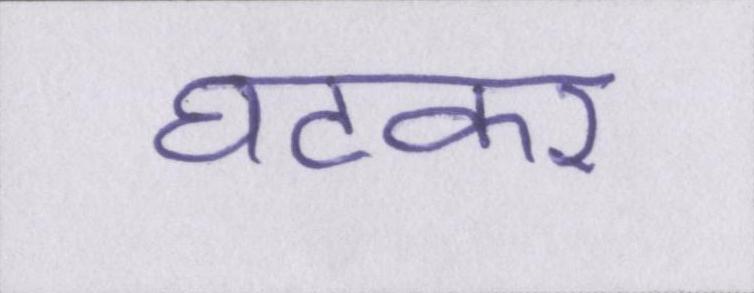
घटकर